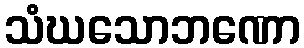
သံဃသောဘဏော